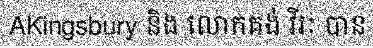
AKingsbury និង លោកគង់ វីរៈ បាន